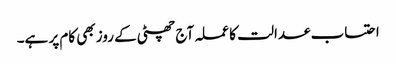
احتساب عدالت کا عملہ آج چھٹی کے روز بھی کام پر ہے۔